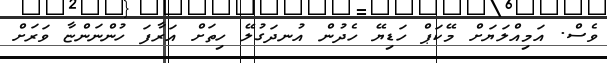
ވެސް. އަމިއްލަޔަށް މޭކަޕް ހަޑިޔޭ ހެދުން އުނދަގުލޭ ހިތަށް އަރާފަ ހުންނަންޏާ ވަރަށް